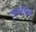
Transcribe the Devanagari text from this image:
जगदंबेला